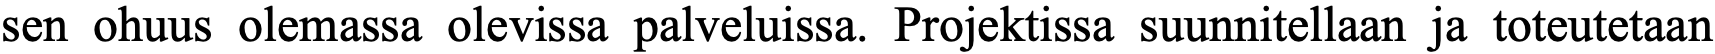
sen ohuus olemassa olevissa palveluissa. Projektissa suunnitellaan ja toteutetaan